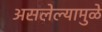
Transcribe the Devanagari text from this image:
असलेल्यामुळे